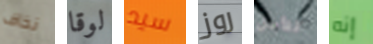
نخاف لوقا سيد روز للأمل إنه